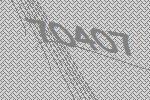
70407